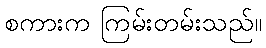
စကားက ကြမ်းတမ်းသည်။